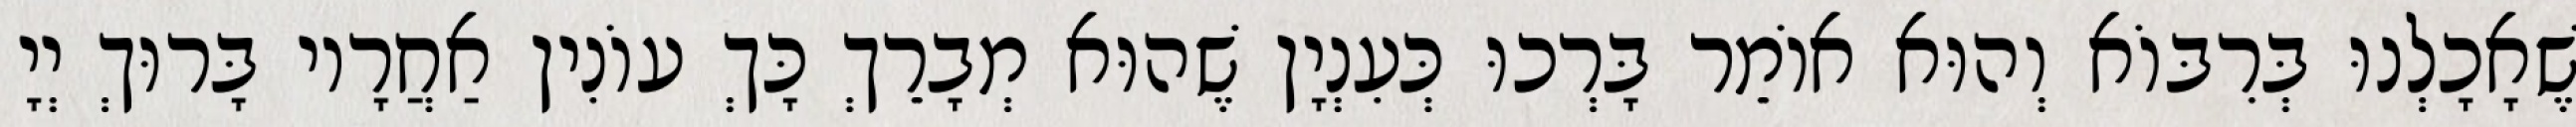
שֶׁאָכָלְנוּ בְּרִבּוֹא וְהוּא אוֹמֵר בָּרְכוּ כְּעִנְיָן שֶׁהוּא מְבָרֵךְ כָּךְ עוֹנִין אַחֲרָיו בָּרוּךְ יְיָ